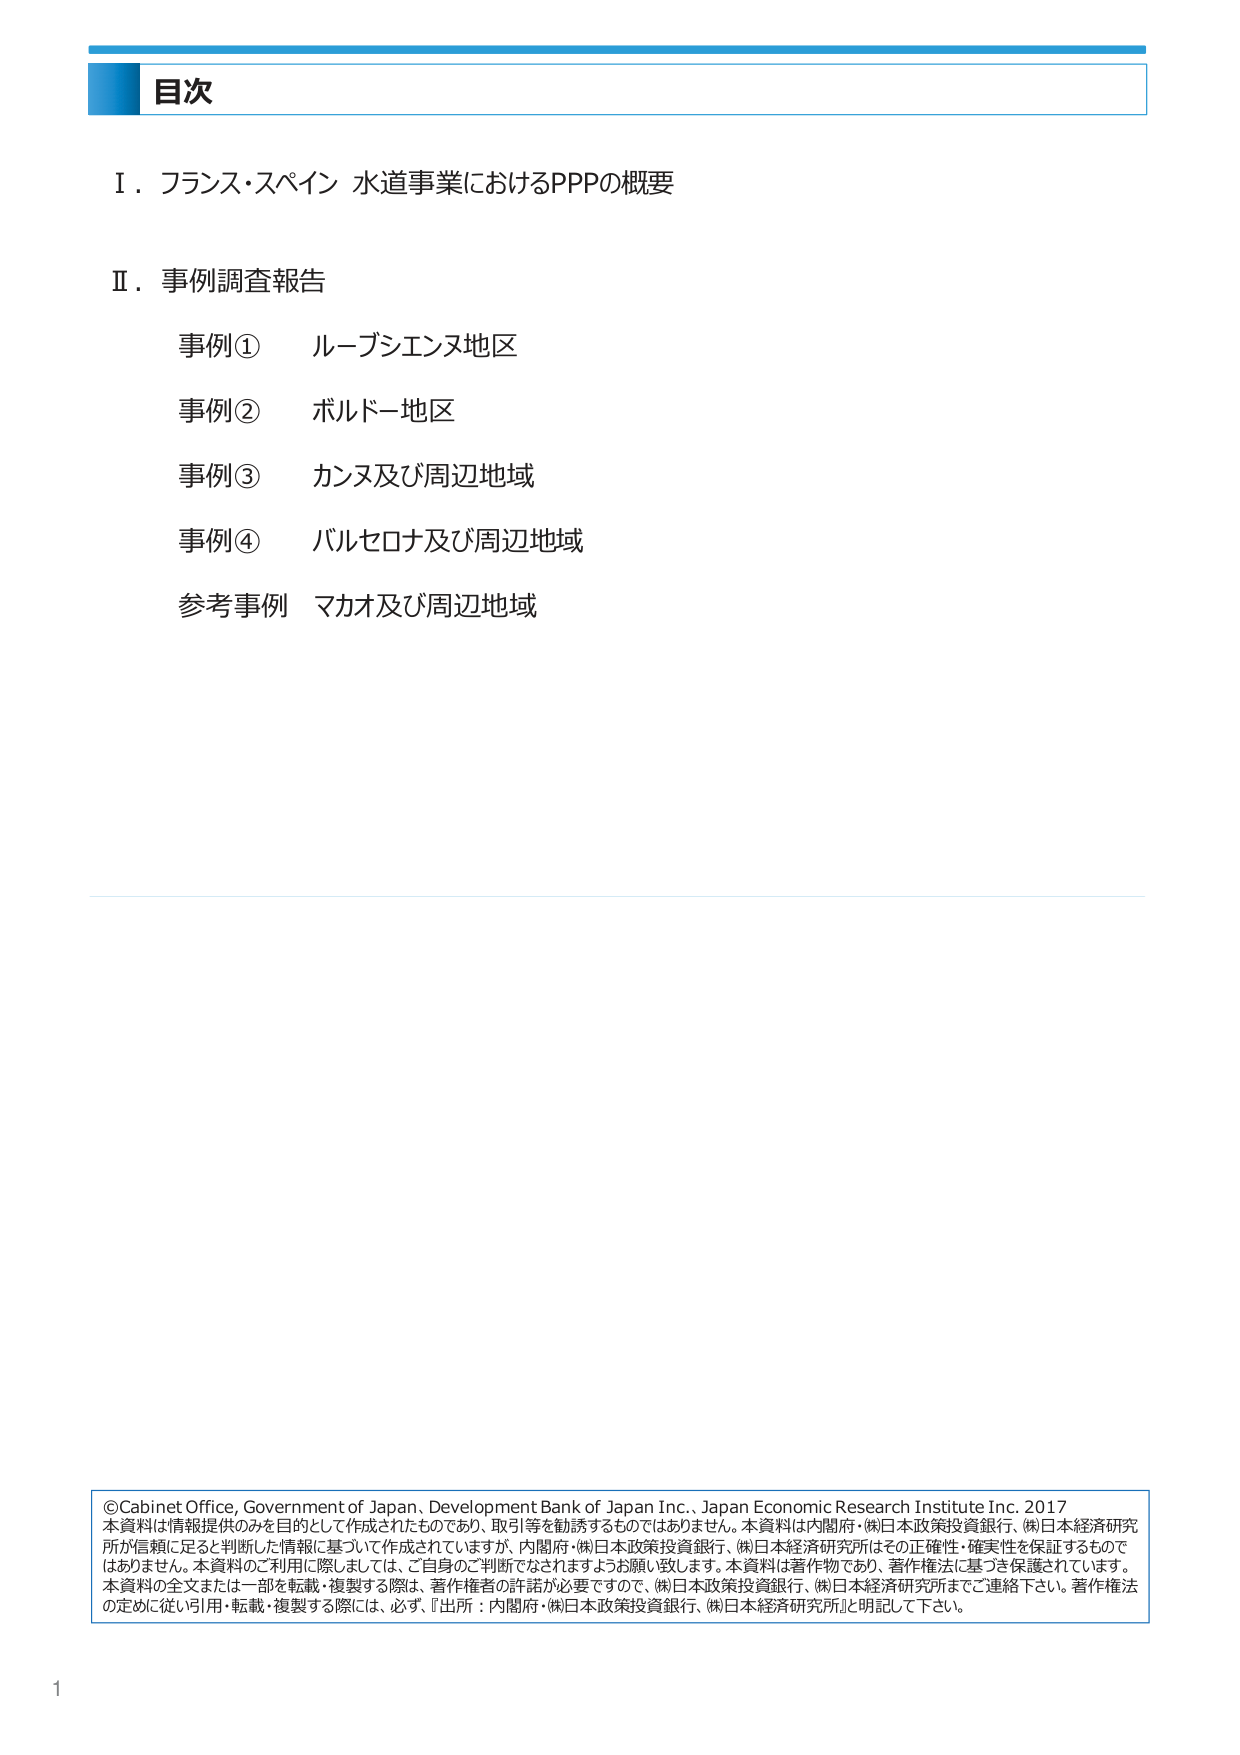
目次

Ⅰ．フランス・スペイン 水道事業におけるPPPの概要

Ⅱ．事例調査報告
　事例①　ルーブシエンヌ地区
　事例②　ボルドー地区
　事例③　カンヌ及び周辺地域
　事例④　バルセロナ及び周辺地域
　参考事例　マカオ及び周辺地域

©Cabinet Office, Government of Japan, Development Bank of Japan Inc., Japan Economic Research Institute Inc. 2017
本資料は情報提供のみを目的として作成されたものであり、取引等を勧誘するものではありません。本資料は内閣府・㈱日本政策投資銀行、㈱日本経済研究所が信頼に足ると判断した情報に基づいて作成されていますが、内閣府・㈱日本政策投資銀行、㈱日本経済研究所はその正確性・確実性を保証するものではありません。本資料のご利用に際しましては、ご自身のご判断でなされますようお願い致します。本資料は著作物であり、著作権法に基づき保護されています。本資料の全文または一部を転載・複製する際は、著作権者の許諾が必要ですので、㈱日本政策投資銀行、㈱日本経済研究所までご連絡下さい。著作権法の定めに従い引用・転載・複製する際には、必ず、「出所：内閣府・㈱日本政策投資銀行、㈱日本経済研究所」と明記して下さい。

1